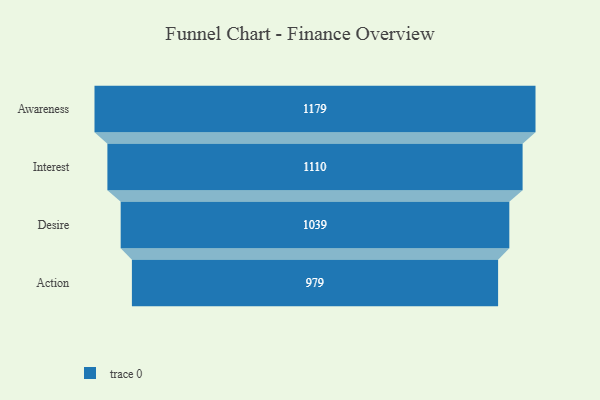
{"axis": {"x": "Stage", "y": "Value"}, "legend": [""], "data": [{"x": "Awareness", "y": 1179.0, "type": ""}, {"x": "Interest", "y": 1110.0, "type": ""}, {"x": "Desire", "y": 1039.0, "type": ""}, {"x": "Action", "y": 979.0, "type": ""}]}